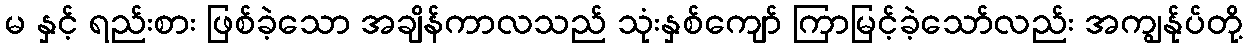
မ နှင့် ရည်းစား ဖြစ်ခဲ့သော အချိန်ကာလသည် သုံးနှစ်ကျော် ကြာမြင့်ခဲ့သော်လည်း အကျွန်ုပ်တို့